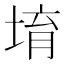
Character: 堉